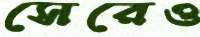
সেরেও